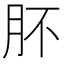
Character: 肧